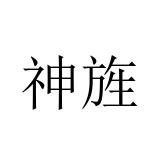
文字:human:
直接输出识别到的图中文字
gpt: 神旌